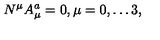
N ^ { \mu } A _ { \mu } ^ { a } = 0 , \mu = 0 , \dots 3 ,